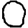
Digit: 0